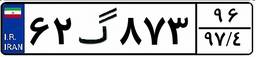
۰۹گ۸۰۳۷۰